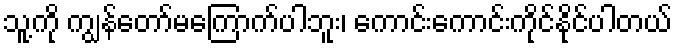
သူ့ကို ကျွန်တော်မကြောက်ပါဘူး၊ ကောင်းကောင်းကိုင်နိုင်ပါတယ်